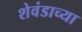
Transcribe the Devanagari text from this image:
शेवंडाच्या